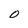
Character: 0